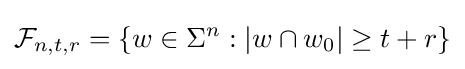
{\mathcal {F}}_{n,t,r}=\{w\in \Sigma ^{n}:|w\cap w_{0}|\geq t+r\}